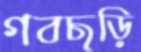
গবছড়ি